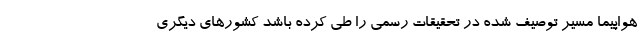
هواپیما مسیر توصیف شده در تحقیقات رسمی را طی کرده باشد کشورهای دیگری